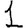
Digit: 1